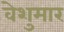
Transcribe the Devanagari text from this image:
वेशुमार